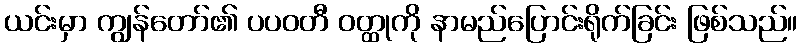
ယင်းမှာ ကျွန်တော်၏ ပပဝတီ ဝတ္ထုကို နာမည်ပြောင်းရိုက်ခြင်း ဖြစ်သည်။